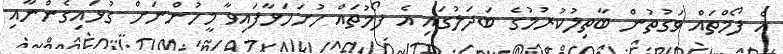
އެ ފޯމްތައް ވަގުތުން ބާތިލުކުރުމުގެ ބަދަލުގައި އެ ފޯމުތައް ހުށަހަޅާފައިވާ މީހުންނަށް ގުޅައިގެންނާއި